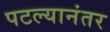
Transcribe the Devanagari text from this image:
पटल्यानंतर